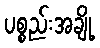
ပစ္စည်းအချို့